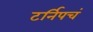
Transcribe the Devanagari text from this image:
टर्निपचं